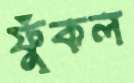
ফুঁকল